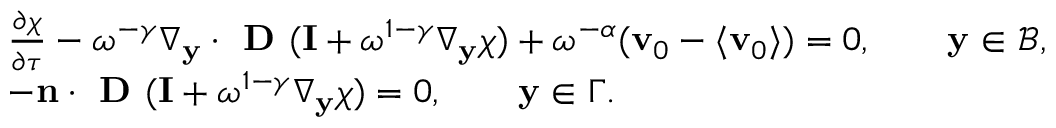
\begin{array} { r l } & { \frac { \partial \boldsymbol { \chi } } { \partial \tau } - \omega ^ { - \gamma } \nabla _ { \mathbf y } \cdot \textbf { D } ( \mathbf I + \omega ^ { 1 - \gamma } \nabla _ { \mathbf y } \boldsymbol { \chi } ) + \omega ^ { - \alpha } ( \mathbf v _ { 0 } - \langle \mathbf v _ { 0 } \rangle ) = 0 , \qquad \mathbf y \in \mathcal B , } \\ & { - \mathbf n \cdot \textbf { D } ( \mathbf I + \omega ^ { 1 - \gamma } \nabla _ { \mathbf y } \boldsymbol { \chi } ) = 0 , \qquad \mathbf y \in \Gamma . } \end{array}